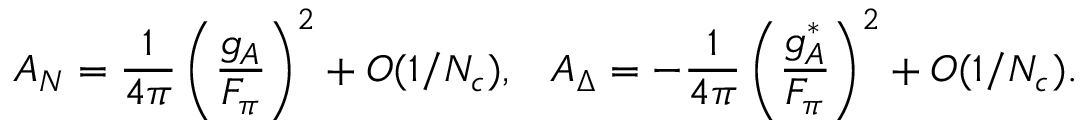
A _ { N } = \frac { 1 } { 4 \pi } \left( \frac { g _ { A } } { F _ { \pi } } \right) ^ { 2 } + { \cal O } ( 1 / N _ { c } ) , \; \; \; A _ { \Delta } = - \frac { 1 } { 4 \pi } \left( \frac { g _ { A } ^ { * } } { F _ { \pi } } \right) ^ { 2 } + { \cal O } ( 1 / N _ { c } ) .